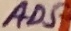
Text: AD5